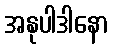
အနုပါဒါနော